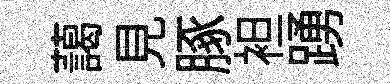
藹見䐁袒踴